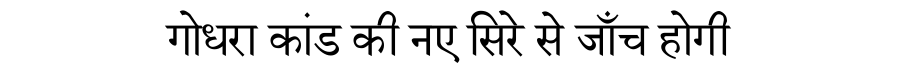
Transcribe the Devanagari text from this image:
गोधरा कांड की नए सिरे से जाँच होगी